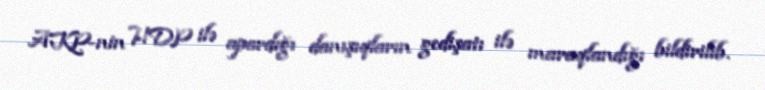
AKP-nin HDP ilə apardığı danışıqların gedişatı ilə maraqlandığı bildirilib.